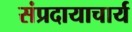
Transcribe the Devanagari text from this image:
संप्रदायाचार्य